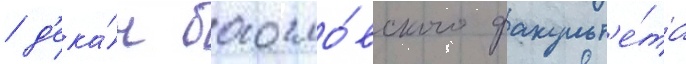
/ д'ека́н богосло́вского факульт'е́та